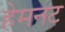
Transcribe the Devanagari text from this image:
हेमनट